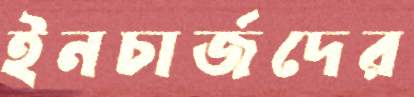
ইনচার্জদের